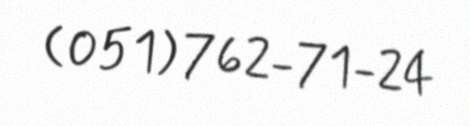
(051) 762-71-24